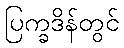
ပြက္ခဒိန်တွင်